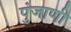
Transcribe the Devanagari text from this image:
पुंजाणी